Report of the Indian Hemp Drugs Commission, 1894-1895 - Volume VII
Year: 1894
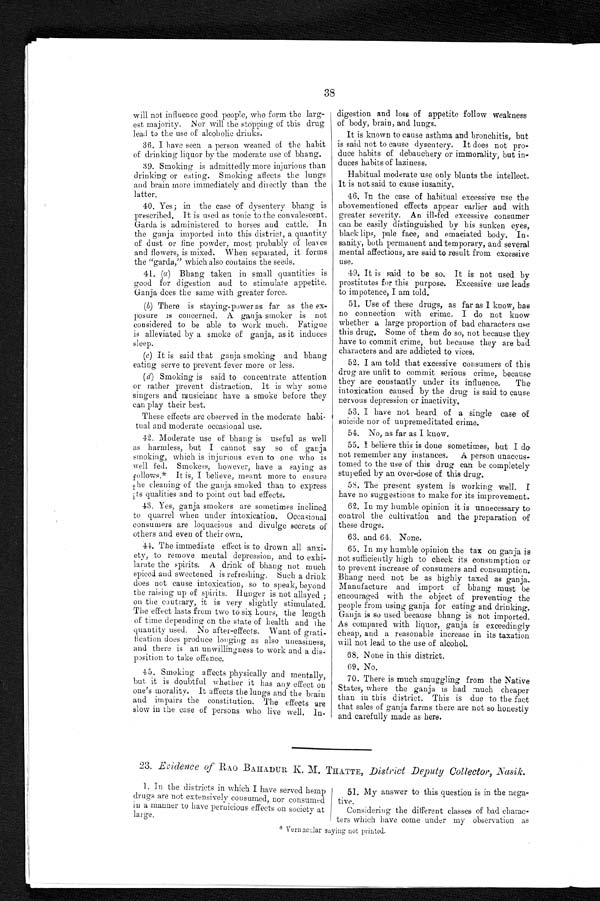
38
will not influence good people, who form the larg
- e s t m a j o r i t y . N o r w i l l t h e s t o p p i n g o f t h i s d r u g
lead to the use of alcoholic drinks.
36. I have seen a person weaned of the habit
of drinking liquor by the moderate use of bhang.
39. Smoking is admittedly more injurious than
drinking or eating. Smoking affects the lungs
and brain more immediately and directly than the
latter.
40. Yes; in the case of dysentery bhang is
prescribed. It is used as tonic to the convalescent.
Garda is administered to horses and cattle.
I n t h e g a n j a i m p o r t e d i n t o t h i s d i s t r i c t , a q u a n t i t y
of dust or fine powder, most probably of leaves
and flowers, is mixed. When separated, it forms
the "garda," which also contains the seeds.
41. (a ) Bhang taken in small quantities is
good for digestion and to stimulate appetite.
Ganja does the same with greater force
.
(b) There is staying-power as far as the ex
-posure is concerned. A ganja smoker is not
considered to be able to work much. Fatigue
is alleviated by a smoke of ganja, as it induces
sleep.
(c) It is said that ganja smoking and bhang
eating serve to prevent fever more or less.
(d) smoking is said to concentrate attention
or rather prevent distraction. It is why some
singers and musicians have a smoke before they
can play their best.
These effects are observed in the moderate habi
-tual and moderate occasional use.
42. Moderate use of bhang is useful as well
as harmless, but I cannot say so of ganja
smoking, which is injurious even to one who is
well fed. Smokers, however, have a saying as
follows.* It is, I believe, meant more to ensure
t h e c l e a n i n g o f t h e g a n j a s m o k e d t h a n t o e x p r e s s
its qualities and to point out bad effects.
43. Yes, ganja smokers are sometimes inclined
to quarrel when under intoxication. Occasional
consumers are loquacious and divulge secrets of
others and even of their own.
44. The immediate effect is to drown all anx
i-ety, to remove mental depression, and to exhi--
larate the spirits. A drink of bhang not much
spiced and sweetened is refreshing. Such a drink
does not cause intoxication, so to speak, beyond
the raising up of spirits. Hunger is not allayed;
on the contrary, it is very slightly stimulated.
The effect lasts from two to six hours, the length
of time depending on the state of health and the
quantity used. No after-effects. Want of grati
-fication does produce
longing as also uneasiness, and there is an unwillingness to work and a dis--
position to take offence.
45. Smoking affects physically and mentally,
but it is doubtful whether it has any effect on
one's morality. It affects the lungs and the brain
and impairs the constitution. The effects are
slow in the ease of persons who live well, In-
digestion and loss of appetite follow weakness
of body, brain, and lungs.
It is known to cause asthma and bronchitis, but
is said not to cause dysentery. It does not pro--
duce habits of debauchery or immorality, but in--
duces habits of laziness.
Habitual moderate use only blunts the intellect.
It is not said to cause insanity
.
46. In the case of habitual excessive use the
abovementioned effects appear earlier and with
greater severity. An ill-fed excessive consumer
can be easily distinguished by his sunken eyes,
black lips, pale face, and emaciated body. In-
-sanity, both permanent and temporary, and several
mental affections, are said to result from excessive
use.
49. It is said to be so. It is not used by
prostitutes for this purpose. Excessive use leads
to impotence, I am told.
51. Use of these drugs, as far as I know, has
no connection with crime. I do not know
whether a large proportion of bad characters use
this drug. Some of them do so, not because they
have to commit crime, but because they are bad
characters and are addicted to vices.
52. I am told that excessive consumers of this
drug are unfit to commit serious crime, because
they are constantly under its influence. The
intoxication caused by the drug is said to cause
nervous depression or inactivity.
53. I have not heard of a single case of
suicide nor of unpremeditated crime.
54. No, as far as I know.
55. I believe this is done sometimes, but I do
not remember any instances. A person unaccus
-tomed to the use of this drug can be completely
stupefied by an over-dose of this drug.
58. The present system is working well. I
have no suggestions to make for its improvement.
62. In my humble opinion it is unnecessary to
control the cultivation and the preparation of
these drugs.
63. and 64. None.
65. In my humble opinion the tax on ganja is
not sufficiently high to check its consumption or
to prevent increase of consumers and consumption.
Bhang need not be as highly taxed as ganja.
Manufacture and import of bhang must be
encouraged with the object of preventing the
people from using ganja for eating and drinking.
Ganja is so used because bhang is not imported.
As compared with liquor, ganja is exceedingly
cheap, and a reasonable increase in its taxation
w i l l n o t l e a d t o t h e u s e o f a l c o h o l .
68. None in this district.
6 9 . N o .
70. There is much smuggling from the Native
States, where the ganja is had much cheaper
than in this district. This is due to the fact
that sales of ganja farms there are not so honestly
and carefully made as here.
23. Evidence of RAO BAHADUR K. M. THATTE, District Deputy Collector, Nasi
k.
1. In the districts in which I have served hemp
drugs are not extensively consumed, nor consumed
in a manner to have pernicious effects on society at
large.
51. My answer to this question is in the nega
-tive.
Considering the different classes of bad charac
-ters which have come under my observation as
*Vernacular saying not printed.